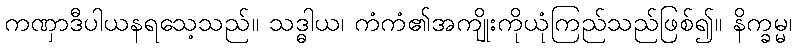
ကဏှာဒီပါယနရသေ့သည်။ သဒ္ဓါယ၊ ကံကံ၏အကျိုးကိုယုံကြည်သည်ဖြစ်၍။ နိက္ခမ္မ၊